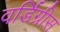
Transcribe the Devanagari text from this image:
वर्डिग्रीस